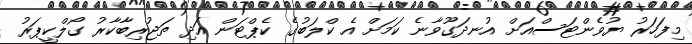
މިފަހަރު ޔުވެންޓަސްއަށް އުނދަގޫވާނެ ކަމަށް އެ ކްލަބުގެ ކެޕްޓަން އަދި ތަޖުރިބާކާރު ގޯލްކީޕަރު